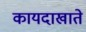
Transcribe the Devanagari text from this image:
कायदाखाते